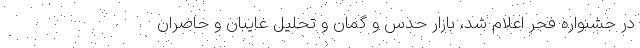
در جشنواره فجر اعلام شد، بازار حدس و گمان و تحلیل غایبان و حاضران